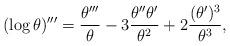
LaTeX: \begin{align*} ( \log \theta )''' = \frac{\theta'''}{\theta} - 3 \frac{\theta''\theta'}{\theta^2} + 2 \frac {(\theta')^3}{\theta^3},\end{align*}